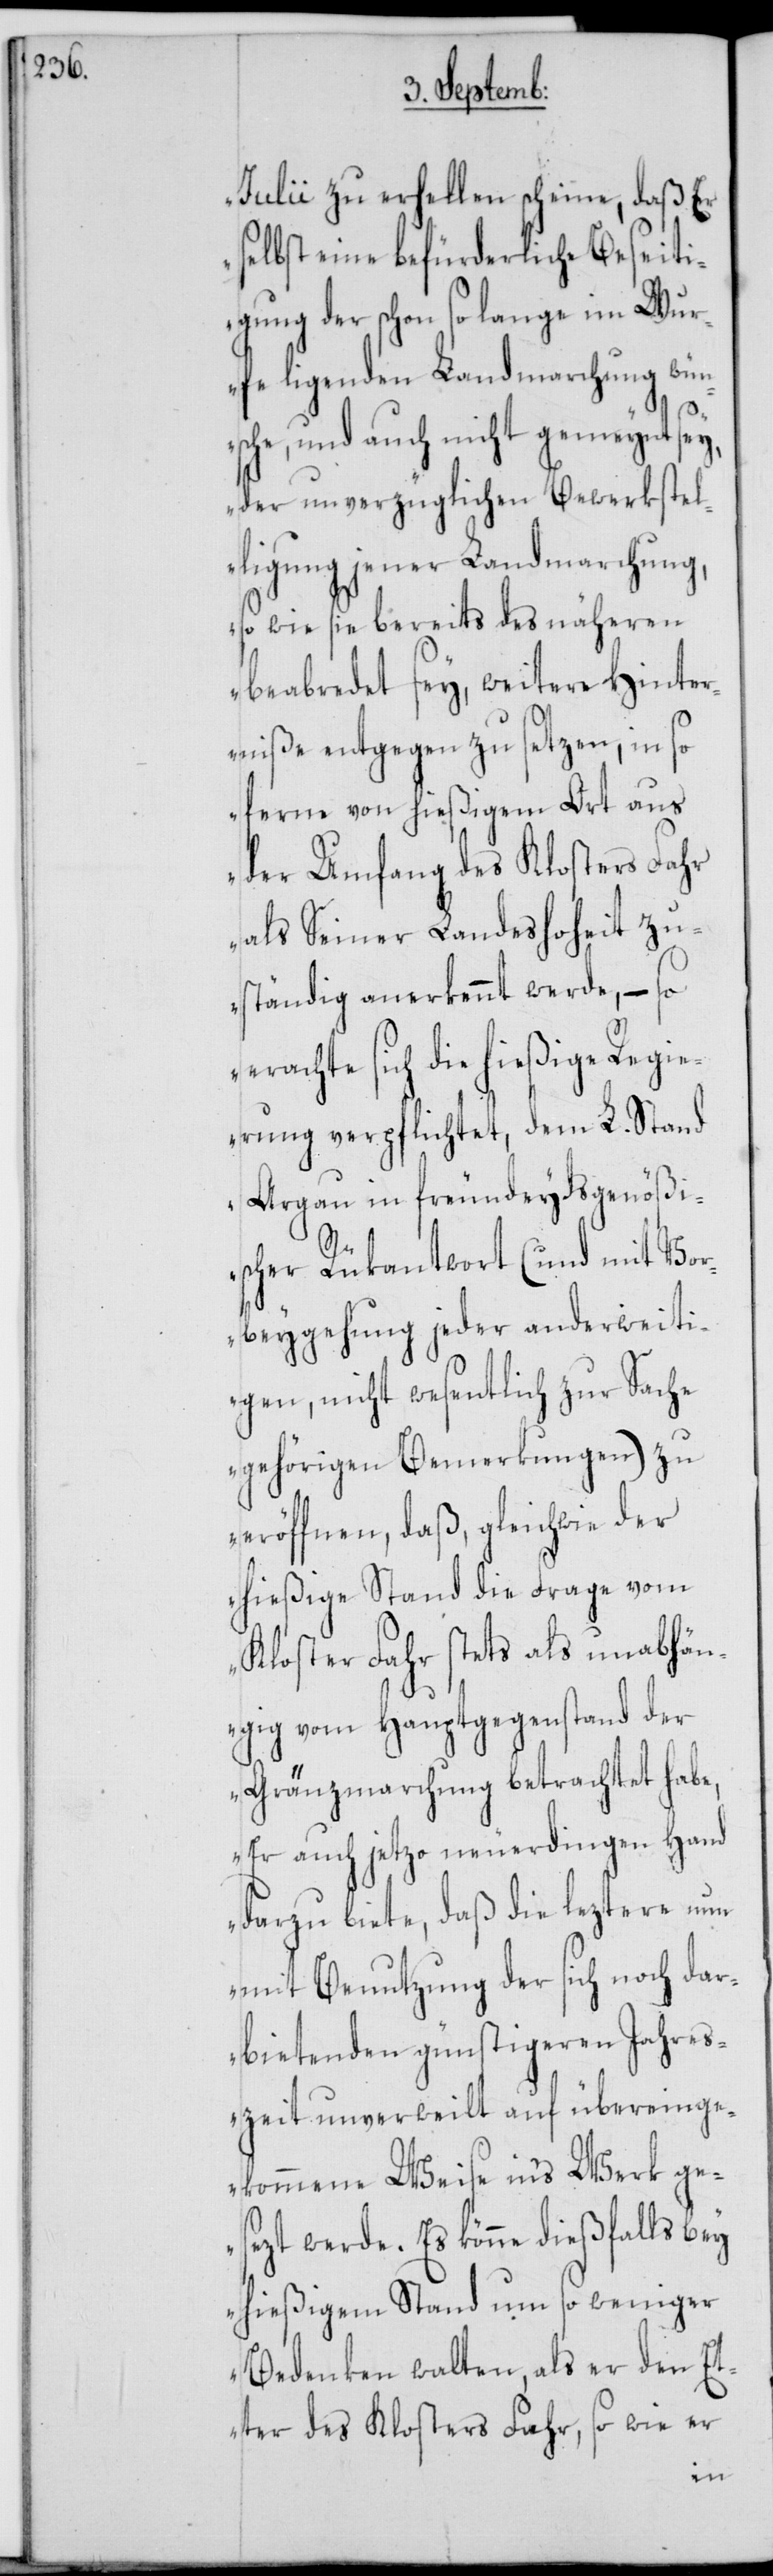
Julii zu erhellen scheine, daß Er
selbst eine befürderliche Beseiti¬
gung der schon so lange im Wur¬
fe ligenden Landmarchung wün¬
sche, und auch nicht gemeynt sey,
der unverzüglichen Bewerkstel¬
ligung jener Landmarchung,
so wie sie bereits des näheren
beabredet sey, weitere Hinter¬
niße entgegen zu setzen, in so
ferne von hießigem Ort aus
der Umfang des Klosters Fahr
als Seiner Landeshoheit zu¬
ständig anerkennt werde, – so
erachte sich die hießige Regie¬
rung verpflichtet, dem L. Stand
Argau in freundeydsgenößi¬
scher Rükantwort (und mit Vor¬
beygehung jeder anderweiti¬
gen, nicht wesentlich zur Sache
gehörigen Bemerkungen) zu
eröffnen, daß, gleichwie der
hießige Stand die Frage vom
Kloster Fahr stets als unabhän¬
gig von Hauptgegenstand der
Gränzmarchung betrachtet habe,
Er auch jetzo neuerdingen Hand
darzu biete, daß die leztere nun
mit Benutzung der sich noch dar¬
bietenden günstigeren Jahres¬
zeit unverweilt auf übereinge¬
kommene Weise in's Werk ge¬
sezt werde. Es könne dießfalls bey
hießigem Stand um so weniger
Bedenken walten, als er den Et¬
ter des Klosters Fahr, so wie er